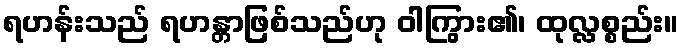
ရဟန်းသည် ရဟန္တာဖြစ်သည်ဟု ဝါကြွား၏၊ ထုလ္လစ္စည်း။